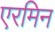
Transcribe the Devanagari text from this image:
एरमिन